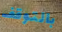
بالتوقف